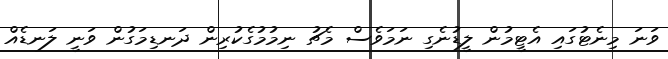
ވަނަ މިނެޓުގައި އެޓީމުން ލީޑުނެގި ނަމަވެސް މެޗު ނިމުމުގެކުރިން ދަނޑިމަގުން ވަނީ ލަނޑެއް